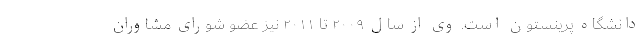
دانشگاه پرینستون است. وی از سال ۲۰۰۹ تا ۲۰۱۱ نیز عضو شورای مشاوران